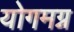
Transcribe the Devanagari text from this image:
योगमग्न